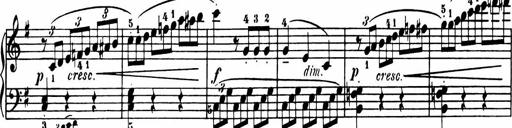
Title: Sonatina in G major
Composer: Friedrich Kuhlau
Key: G major